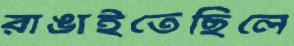
রাঙাইতেছিলে